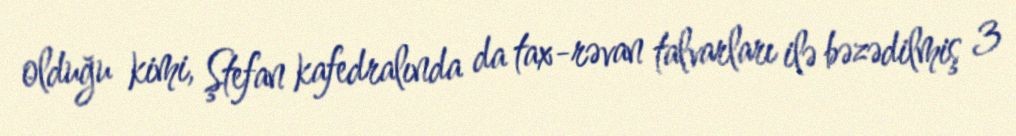
olduğu kimi, Ştefan kafedralında da tax-rəvan talvarları ilə bəzədilmiş 3